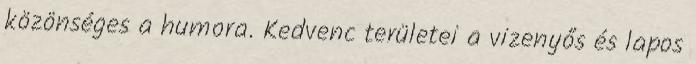
közönséges a humora. Kedvenc területei a vizenyős és lapos